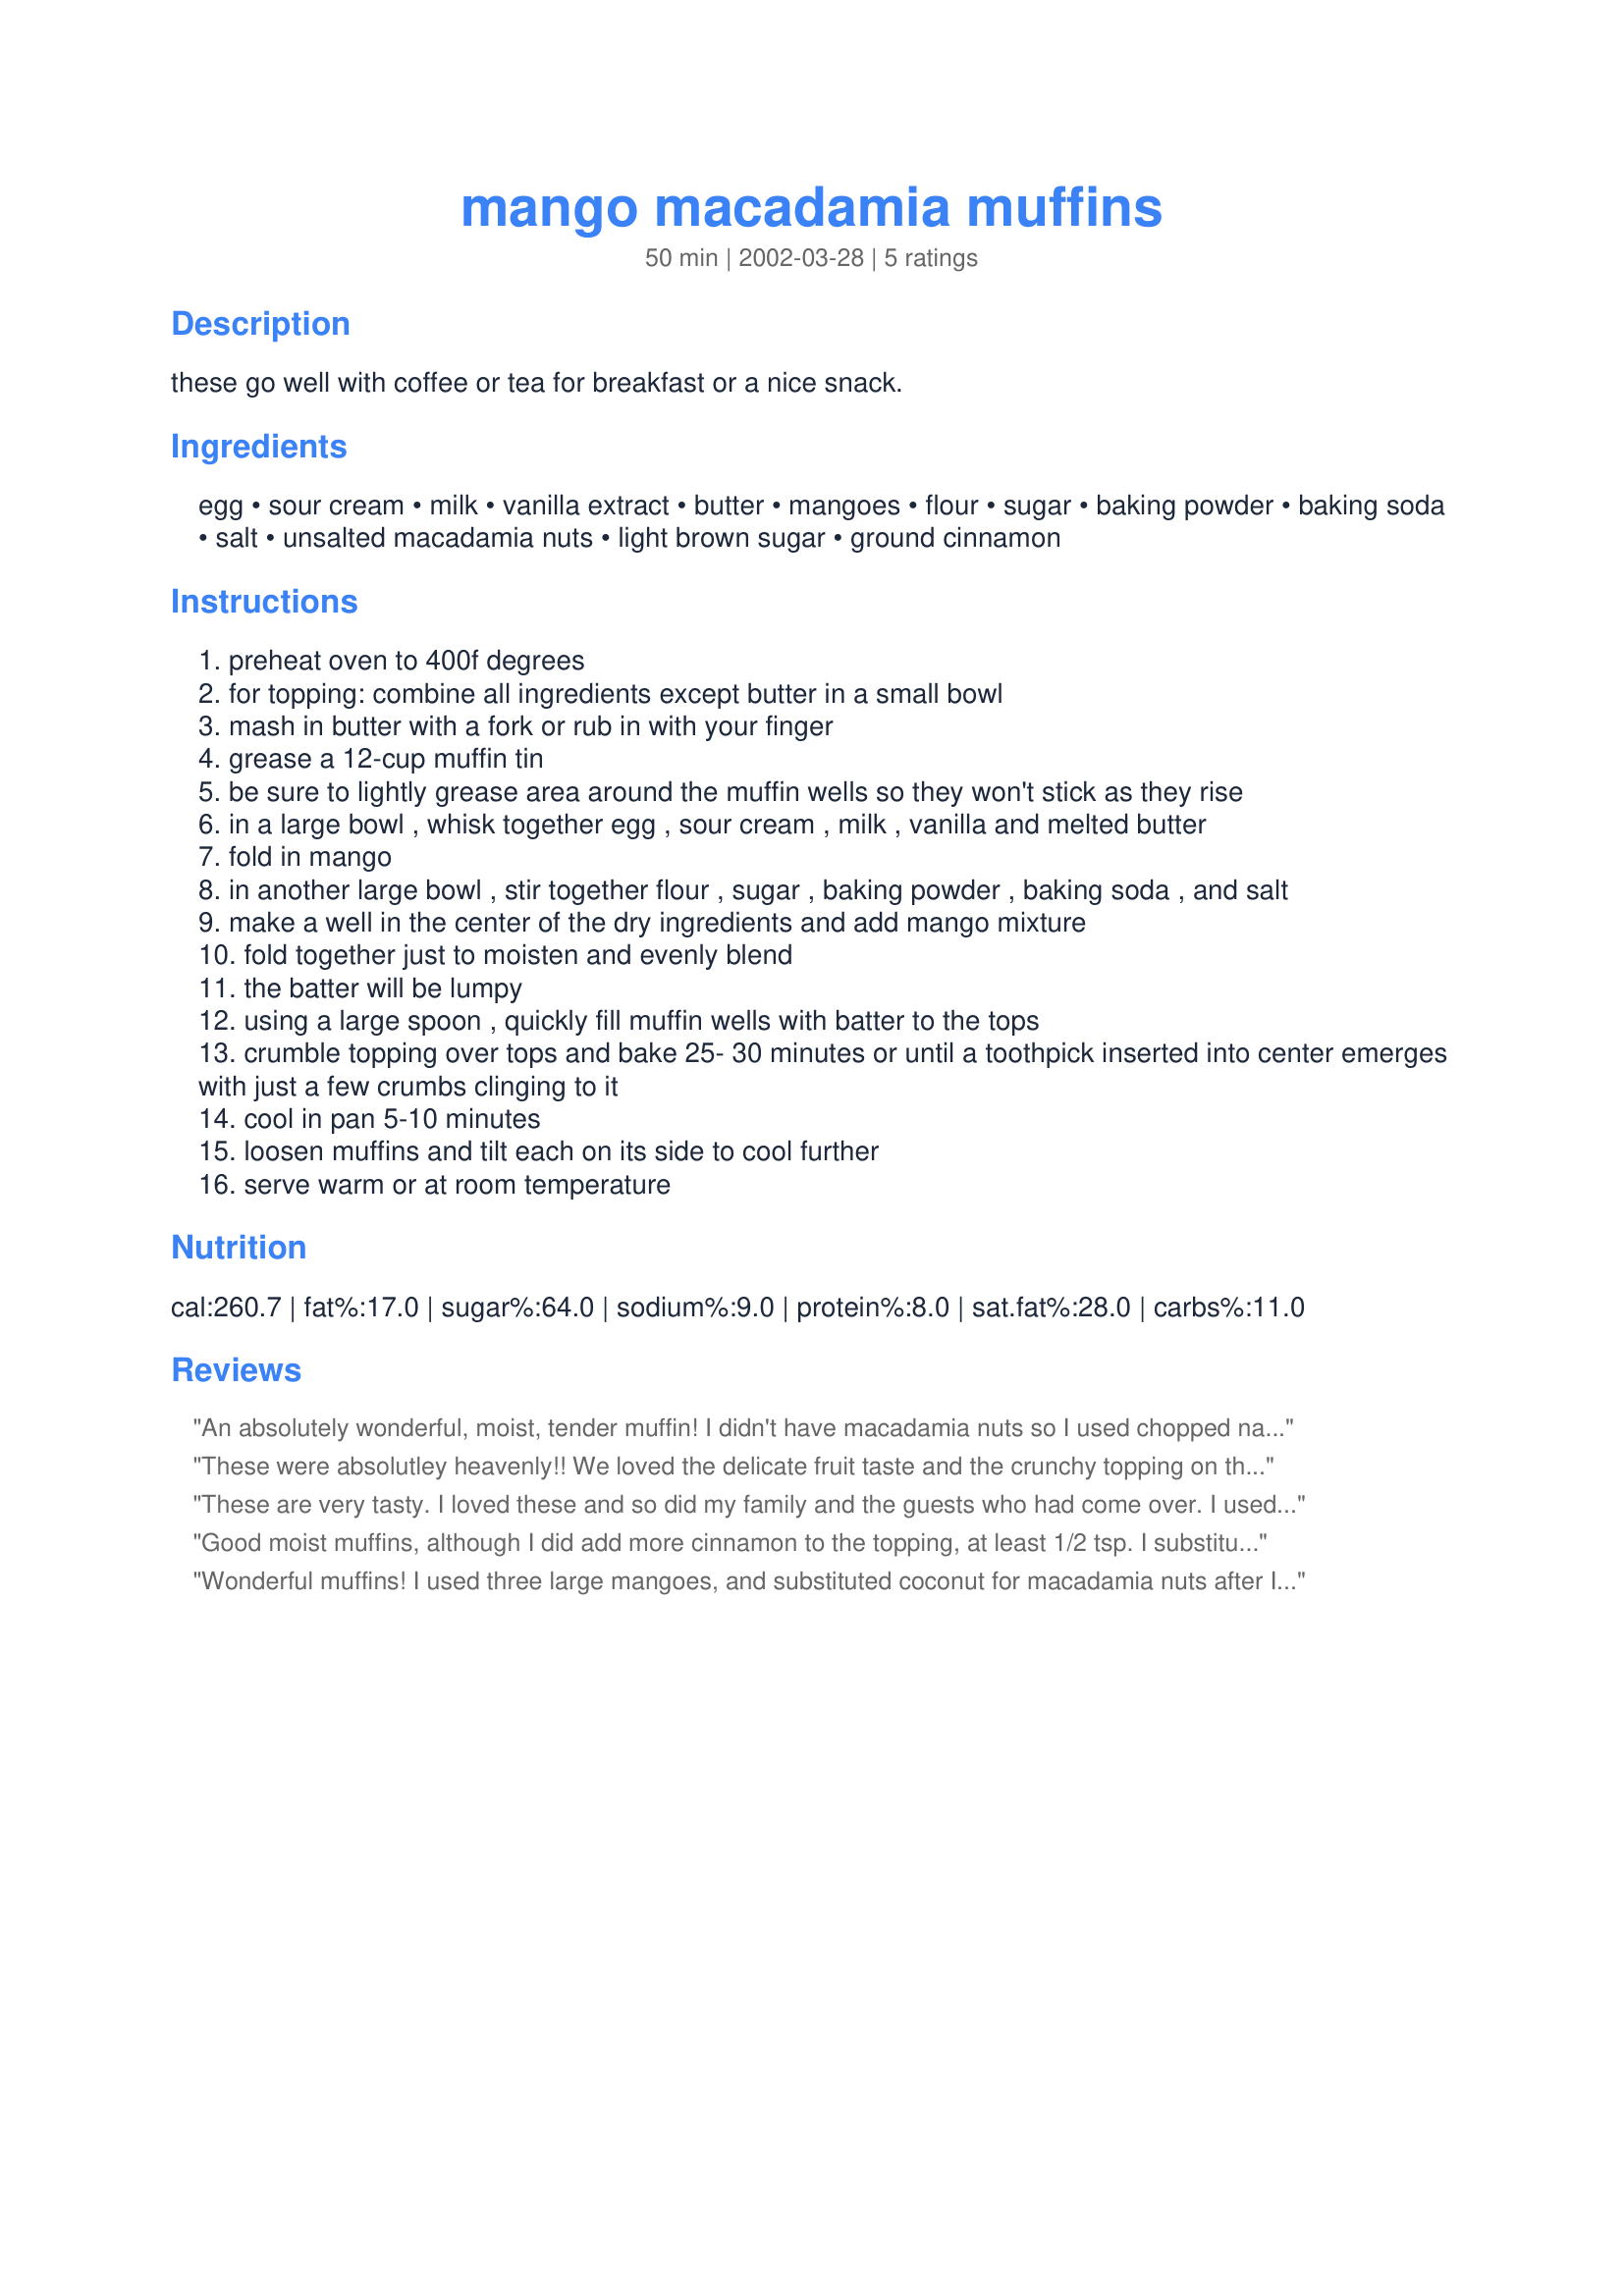
mango macadamia muffins
Preparation time: 50 minutes

these go well with coffee or tea for breakfast or a nice snack.

Ingredients:
egg, sour cream, milk, vanilla extract, butter, mangoes, flour, sugar, baking powder, baking soda, salt, unsalted macadamia nuts, light brown sugar, ground cinnamon

Steps:
preheat oven to 400f degrees
for topping: combine all ingredients except butter in a small bowl
mash in butter with a fork or rub in with your finger
grease a 12-cup muffin tin
be sure to lightly grease area around the muffin wells so they won't stick as they rise
in a large bowl , whisk together egg , sour cream , milk , vanilla and melted butter
fold in mango
in another large bowl , stir together flour , sugar , baking powder , baking soda , and salt
make a well in the center of the dry ingredients and add mango mixture
fold together just to moisten and evenly blend
the batter will be lumpy
using a large spoon , quickly fill muffin wells with batter to the tops
crumble topping over tops and bake 25- 30 minutes or until a toothpick inserted into center emerges with just a few crumbs clinging to it
cool in pan 5-10 minutes
loosen muffins and tilt each on its side to cool further
serve warm or at room temperature

Reviews:
An absolutely wonderful, moist, tender muffin! I didn't have macadamia nuts so I used chopped natural almonds instead. Will definitely make these again!
These were absolutley heavenly!! We loved the delicate fruit taste and the crunchy topping on these muffins. The only thing that I changed was I used one cup of sugar instead of a half of cup in the batter because we like our muffins on the sweet side. I also baked these for about 22 minutes and they were done so I didn't let them bake the full 25 minutes. The muffins turned out perfect and I wouldn't change anything else about them.
These are very tasty. I loved these and so did my family and the guests who had come over.
I used 3 medium-sized mangoes, 3/4 cup yogurt instead of 1/2 cup, substituted butter with margarine and used 1 tsp. baking powder instead of 1 tbsp. Additionally, I didn't use macadamia nuts as I didnt have those at home. As I like cinnamon, I used 1 1/2 tsps. of it instead of 1/4 tsp. These were the best mango muffins I ever dived into:)! Thank you!!!
Good moist muffins, although I did add more cinnamon to the topping, at least 1/2 tsp. I substituted the macadamia nuts with chopped walnuts. Next time, I might try adding some coconut to the batter as well.
Wonderful muffins! I used three large mangoes, and substituted coconut for macadamia nuts after I realized I was out. Great with coffee, the topping adds a nice crunch and sweetness to a muffin full of mango flavor. Thanks, 1Steve, for sharing your recipe!
